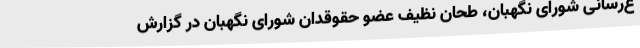
ع‌رسانی شورای نگهبان، طحان نظیف عضو حقوقدان شورای نگهبان در گزارش